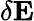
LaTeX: \delta\mathbf{E}